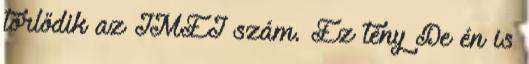
törlődik az IMEI szám. Ez tény De én is